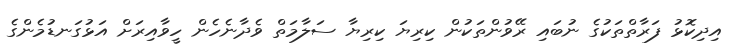
އިދިކޮޅު ފަރާތްތަކުގެ ނުބައި ރޭވުންތަކުން ކިރިޔަ ކިރިޔާ ސަލާމަތް ވެދާނެހެން ހީވާއިރަށް އަޅުގަނޑުމެންގެ